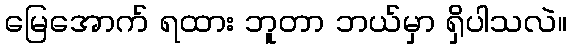
မြေအောက် ရထား ဘူတာ ဘယ်မှာ ရှိပါသလဲ။